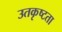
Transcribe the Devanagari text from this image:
उतकृष्टता